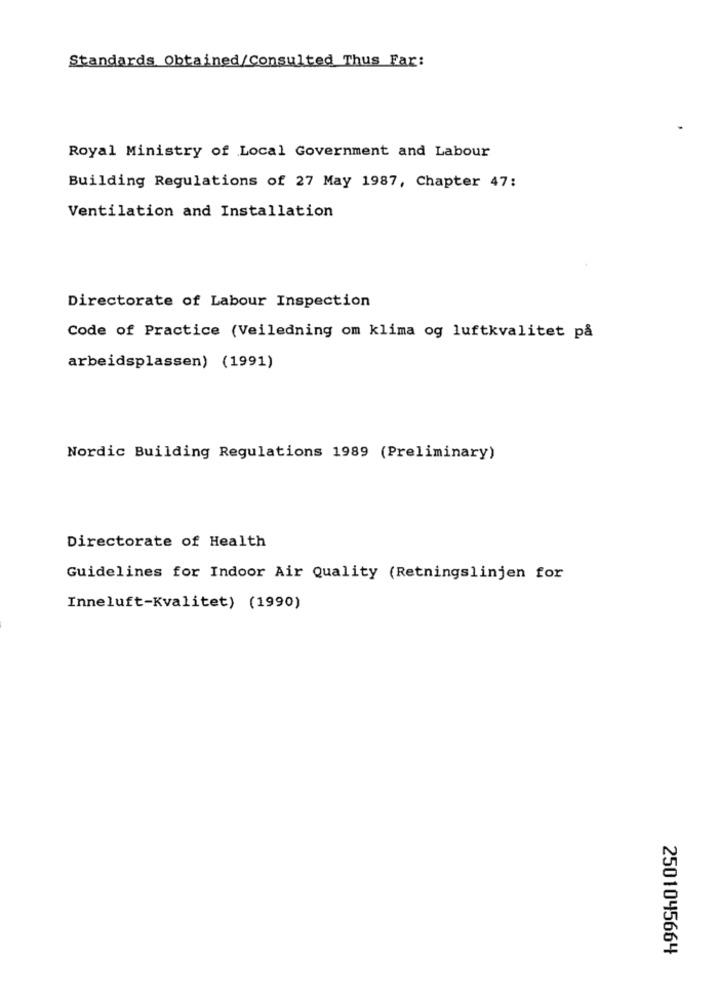
Standards Obtained/Consulted Thus Far:
Royal Ministry of Local Government and Labour
Building Regulations of 27 May 1987, Chapter 47:
Ventilation and Installation
Directorate of Labour Inspection
Code of Practice (Veiledning om klima og luftkvalitet på
arbeidsplassen) (1991)
Nordic Building Regulations 1989 (Preliminary)
Directorate of Health
Guidelines for Indoor Air Quality (Retningslinjen for
Inneluft-Kvalitet) (1990)
2501045664